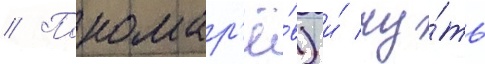
// Пономар'ё́в) и́ чу́ть